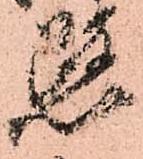
憫